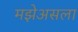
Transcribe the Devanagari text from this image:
मझेअसला